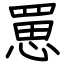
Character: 罳